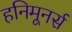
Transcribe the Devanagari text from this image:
हनिमूनर्स